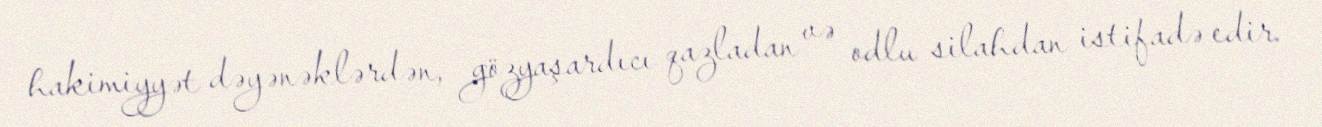
hakimiyyət dəyənəklərdən, gözyaşardıcı qazladan və odlu silahdan istifadə edir.